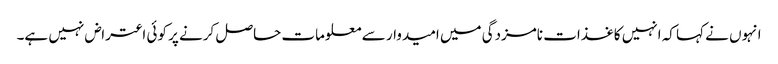
انہوں نے کہا کہ انہیں کاغذات نامزدگی میں امیدوار سے معلومات حاصل کرنے پر کوئی اعتراض نہیں ہے۔